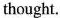
thought.